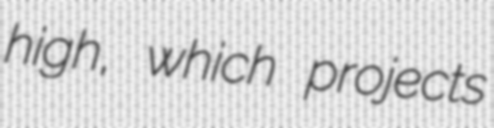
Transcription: high, which projects